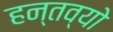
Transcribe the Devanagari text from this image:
हन्तव्यो